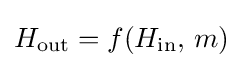
H_{\text{out}}=f(H_{\text{in}},\,m)